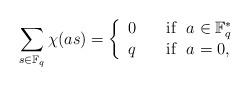
LaTeX: \begin{align*} \sum_{s\in \mathbb F_q} \chi(as)=\left\{\begin{array}{ll} 0 &\quad\mbox{if}~~a\in \mathbb F_q^*\\ q &\quad\mbox{if}~~a=0, \end{array} \right.\end{align*}